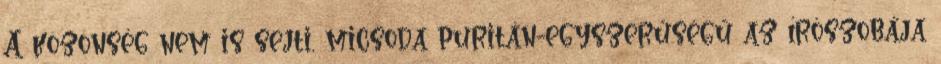
A közönség nem is sejti, micsoda puritán-egyszerűségű az írószobája